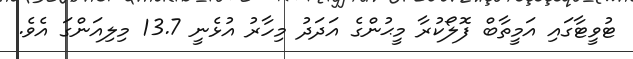
ޓުވީޓާގައި އަމީތާބް ފޮލޯކުރާ މީޙުންގެ އަދަދު މިހާރު އުޅެނީ 13.7 މިލިއަންގަ އެވެ.